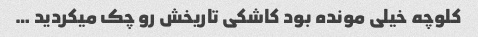
کلوچه خیلی مونده بود کاشکی تاریخش رو چک میکردید …